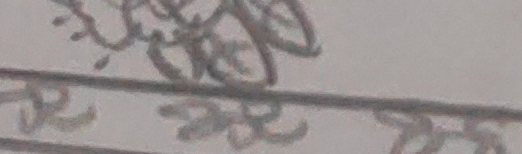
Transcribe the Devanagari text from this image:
र सुलपकार